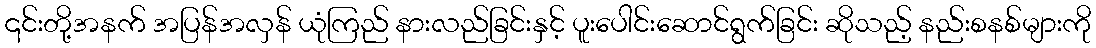
၎င်းတို့အနက် အပြန်အလှန် ယုံကြည် နားလည်ခြင်းနှင့် ပူးပေါင်းဆောင်ရွက်ခြင်း ဆိုသည့် နည်းစနစ်များကို